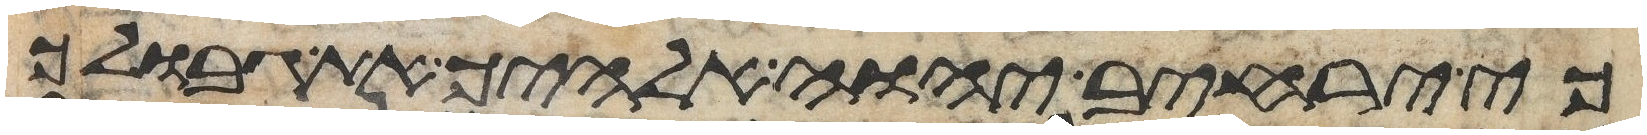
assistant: כי ירחיב יהוה אלהיך את גבולך